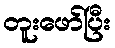
တူးဖော်ပြီး